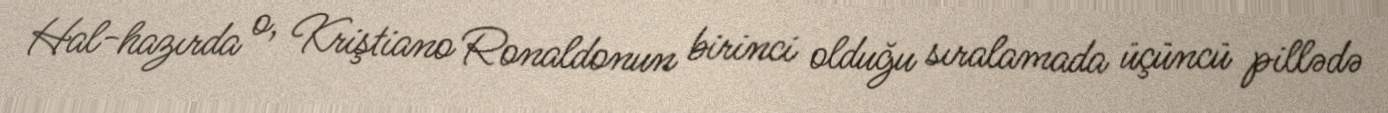
Hal-hazırda o, Kriştiano Ronaldonun birinci olduğu sıralamada üçüncü pillədə